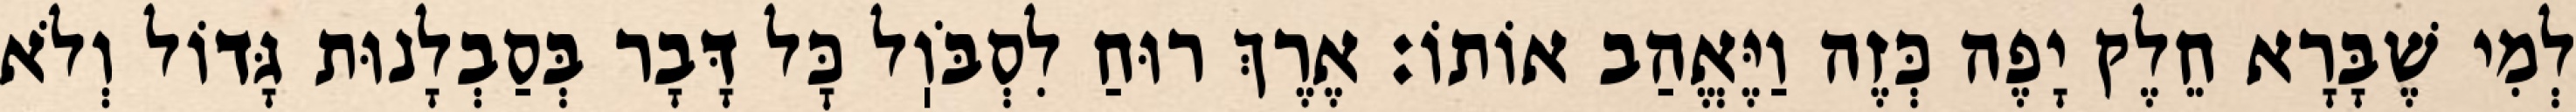
לְמִי שֶׁבָּרָא חֵלֶק יָפֶה כְּזֶה וַיֶּאֱהַב אוֹתוֹ: אֶרֶךְ רוּחַ לִסְבֹּוֽל כׇּל דָּבָר בְּסַבְלָנוּת גָּדוֹל וְלֹא